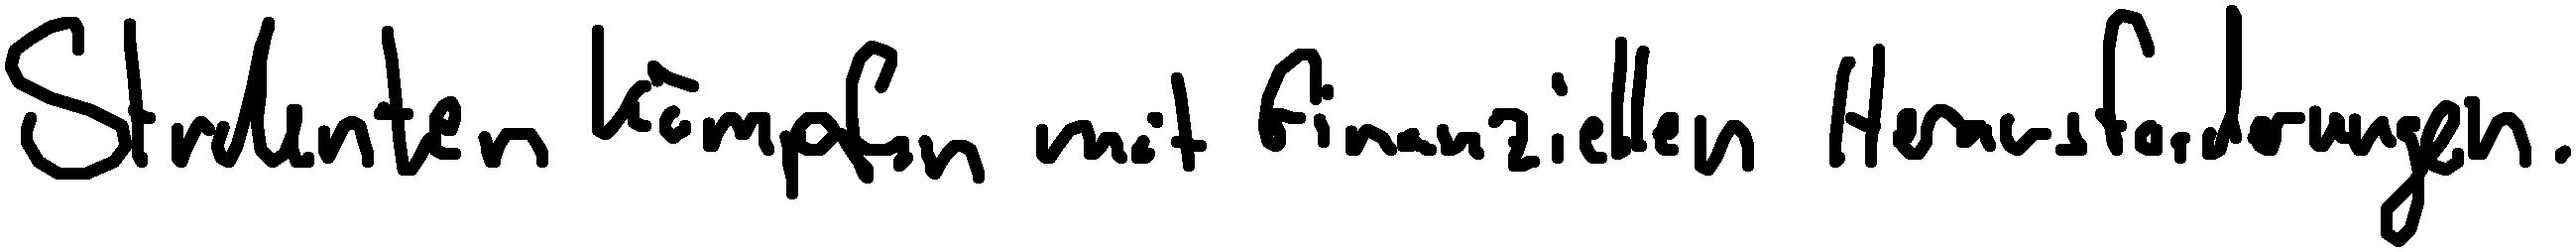
Studenten kämpfen mit finanziellen Herausforderungen.